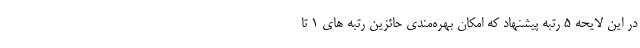
در این لایحه ۵ رتبه پیشنهاد که امکان بهره‌مندی حائزین رتبه های ۱ تا